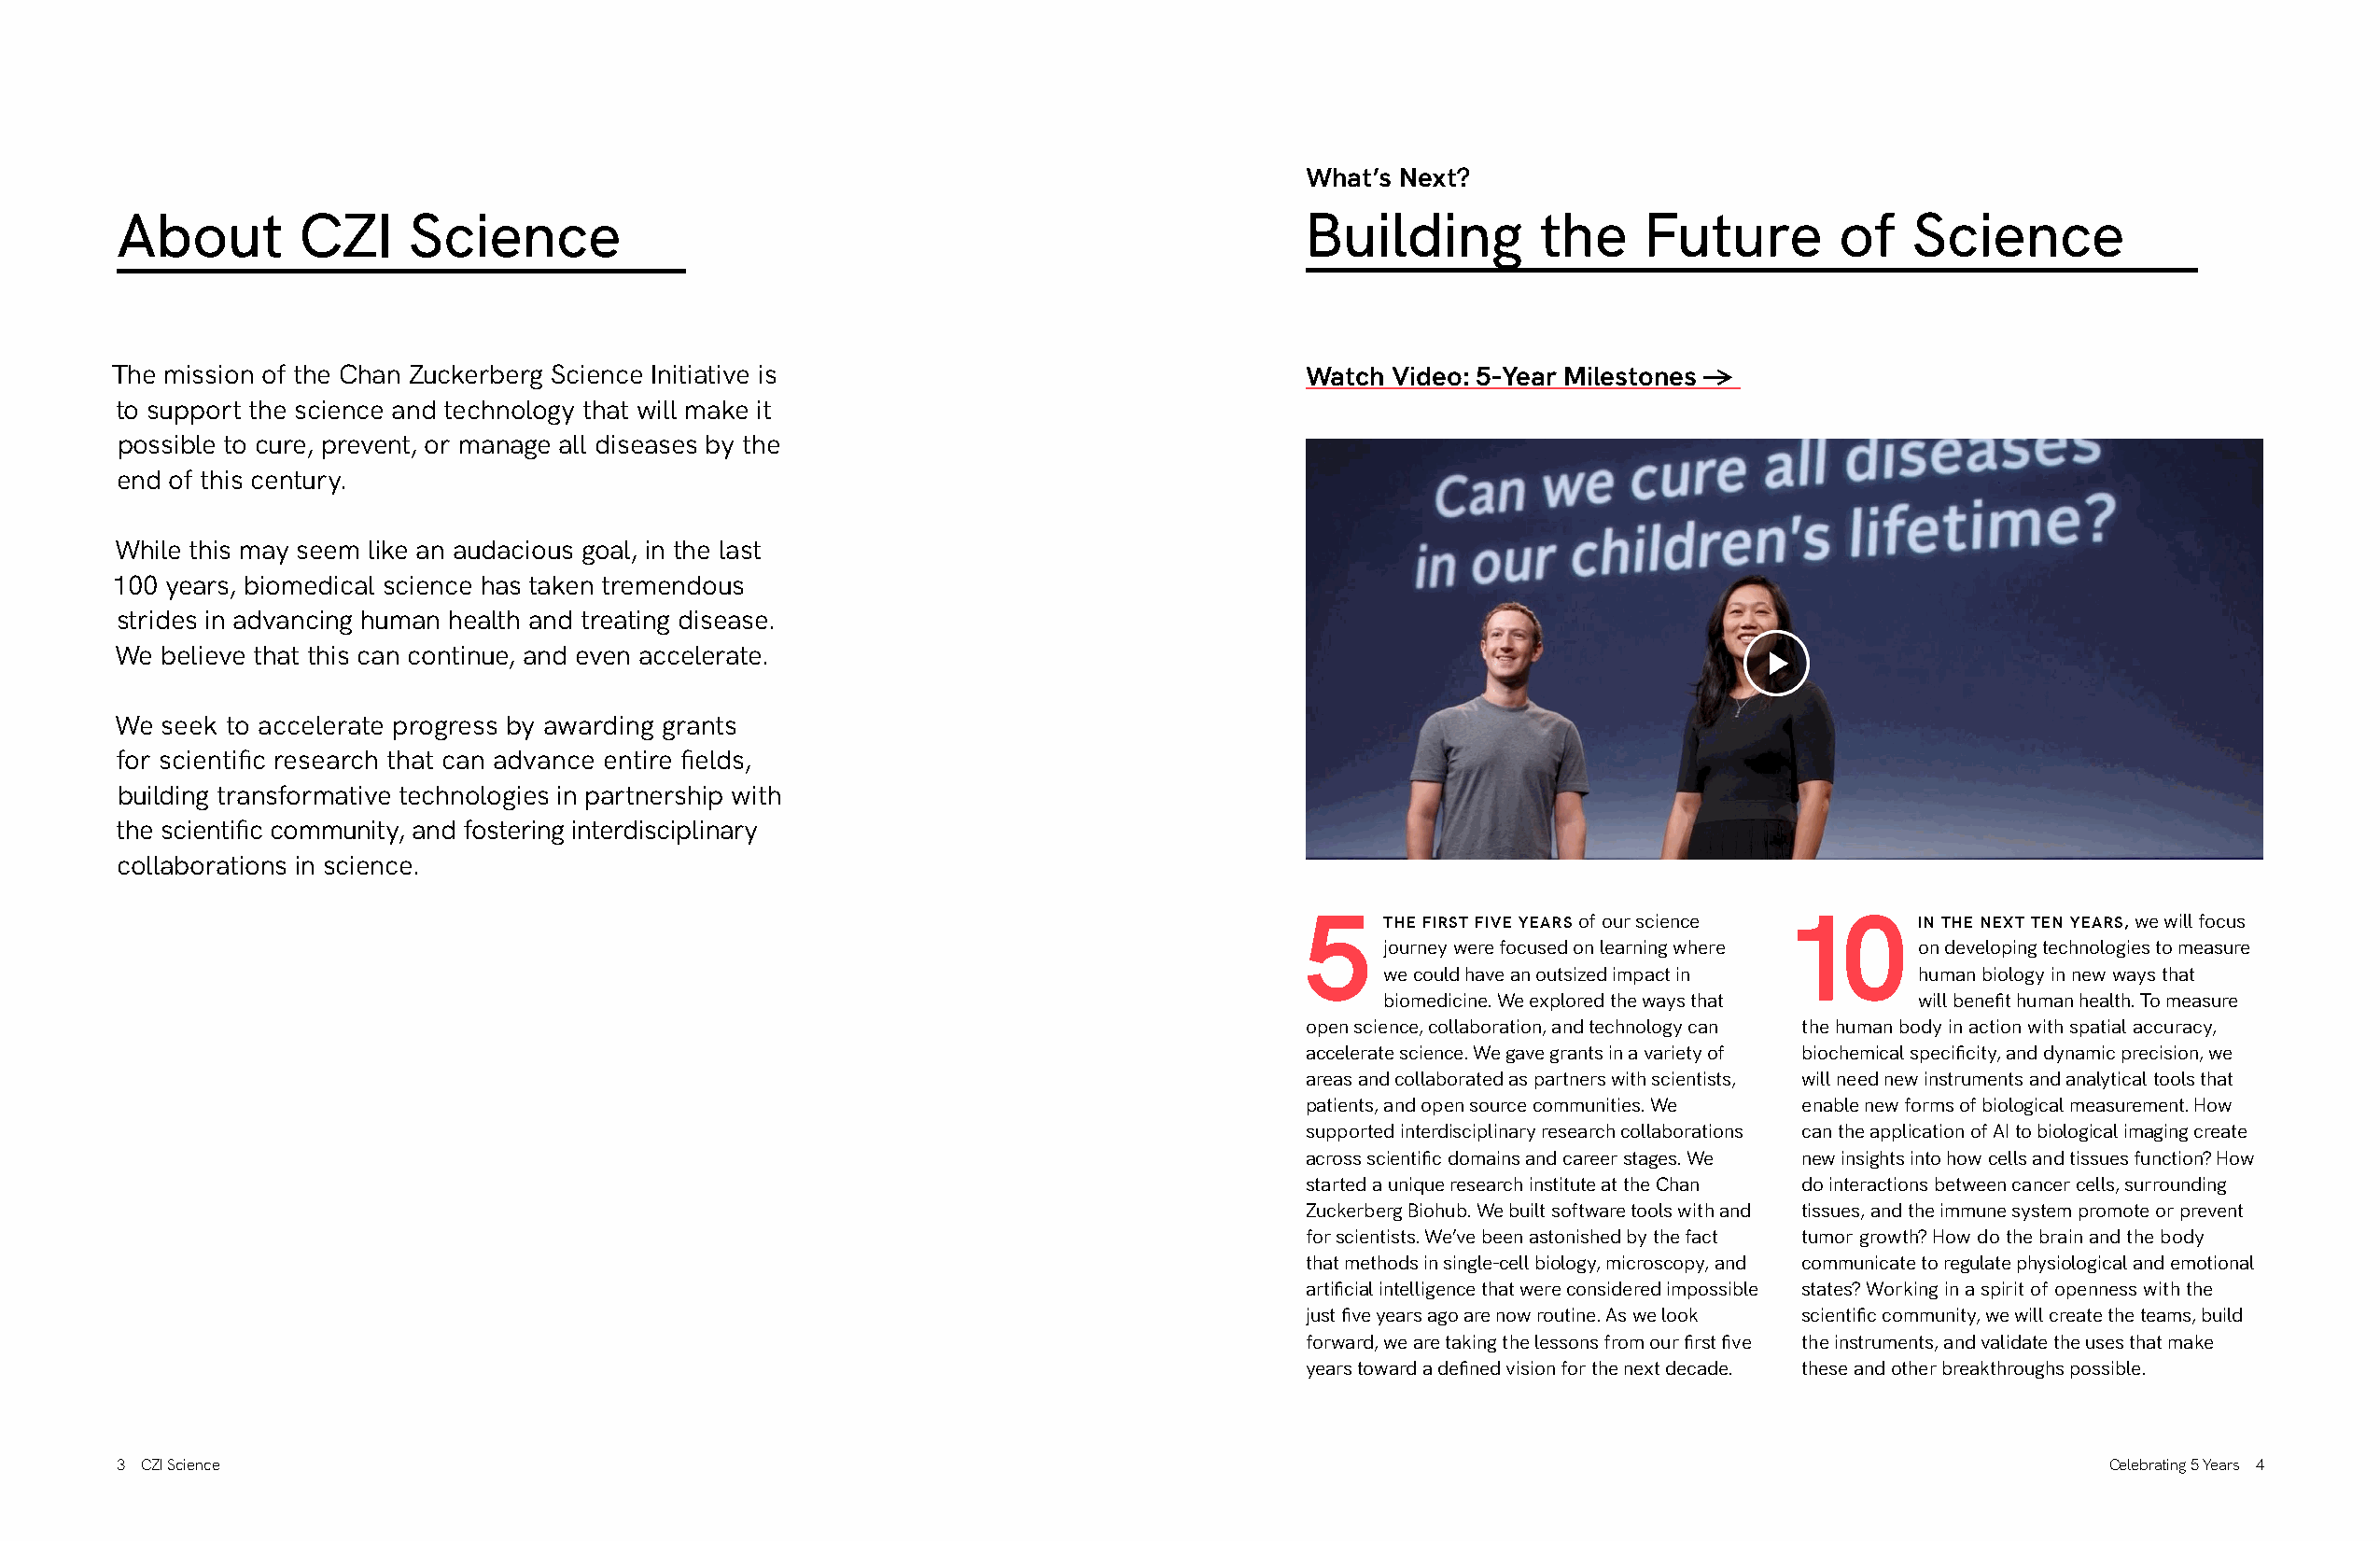
What’s Next?
 About        CZI     Science                                                         Building        the     Future       of    Science
 The mission of the Chan Zuckerberg Science Initiative is                             Watch Video: 5-Year Milestones ->
 to support the science and technology that will make it
 possible to cure, prevent, or manage all diseases by the
 end of this century.
 While this may seem like an audacious goal, in the last
 100 years, biomedical science has taken tremendous
 strides in advancing human health and treating disease.
 We believe that this can continue, and even accelerate.
 We seek to accelerate progress by awarding grants
 for scientific research that can advance entire fields,
 building transformative technologies in partnership with
 the scientific community, and fostering interdisciplinary
 collaborations in science.
 5     THE FIRST FIVE YEARS of our science 10 IN THE NEXT TEN YEARS, we will focus
 journey were focused on learning where on developing technologies to measure
 we could have an outsized impact in   human biology in new ways that
 biomedicine. We explored the ways that will benefit human health. To measure
 open science, collaboration, and technology can the human body in action with spatial accuracy,
 accelerate science. We gave grants in a variety of biochemical specificity, and dynamic precision, we
 areas and collaborated as partners with scientists, will need new instruments and analytical tools that
 patients, and open source communities. We enable new forms of biological measurement. How
 supported interdisciplinary research collaborations can the application of AI to biological imaging create
 across scientific domains and career stages. We new insights into how cells and tissues function? How
 started a unique research institute at the Chan do interactions between cancer cells, surrounding
 Zuckerberg Biohub. We built software tools with and tissues, and the immune system promote or prevent
 for scientists. We’ve been astonished by the fact tumor growth? How do the brain and the body
 that methods in single-cell biology, microscopy, and communicate to regulate physiological and emotional
 artificial intelligence that were considered impossible states? Working in a spirit of openness with the
 just five years ago are now routine. As we look scientific community, we will create the teams, build
 forward, we are taking the lessons from our first five the instruments, and validate the uses that make
 years toward a defined vision for the next decade. these and other breakthroughs possible.
 3 CZI Science                                                                                                                                 Celebrating 5 Years 4